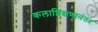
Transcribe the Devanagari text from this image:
कलाशिक्षणानंतर